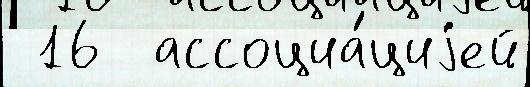
 16  ассоциа́циjей